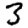
Digit: 3